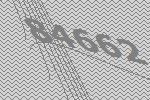
84662